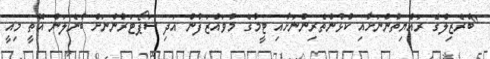
"ބްރެޒިލްގެ ރައްޔިތުންނަށާއި ކުޅުންތެރިންނަށާއި ޓީމުގެ މުވައްޒަފުން އަދި ސަޕޯޓަރުންނަށް ބުނެލަން އޮތީ މިއީ